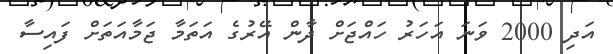
އަދި 2000 ވަނަ އަހަރު ހައްޖަށް ދާން އޭރުގެ އަތަމާ ޖަމާއަތަށް ފައިސާ